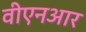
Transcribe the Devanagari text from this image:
वीएनआर